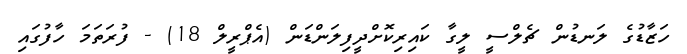
ހަޒާޑުގެ ލަނޑުން ޗެލްސީ ލީގާ ކައިރިކޮށްދީފިލަންޑަން (އެޕްރީލް 18) - ފުރަތަމަ ހާފުގައި